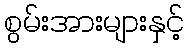
စွမ်းအားများနှင့်